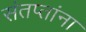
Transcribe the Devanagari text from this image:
संतप्तांना